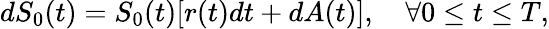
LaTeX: dS_{0}(t)=S_{0}(t)[r(t)dt+dA(t)],\quad\forall 0\leq t\leq T,